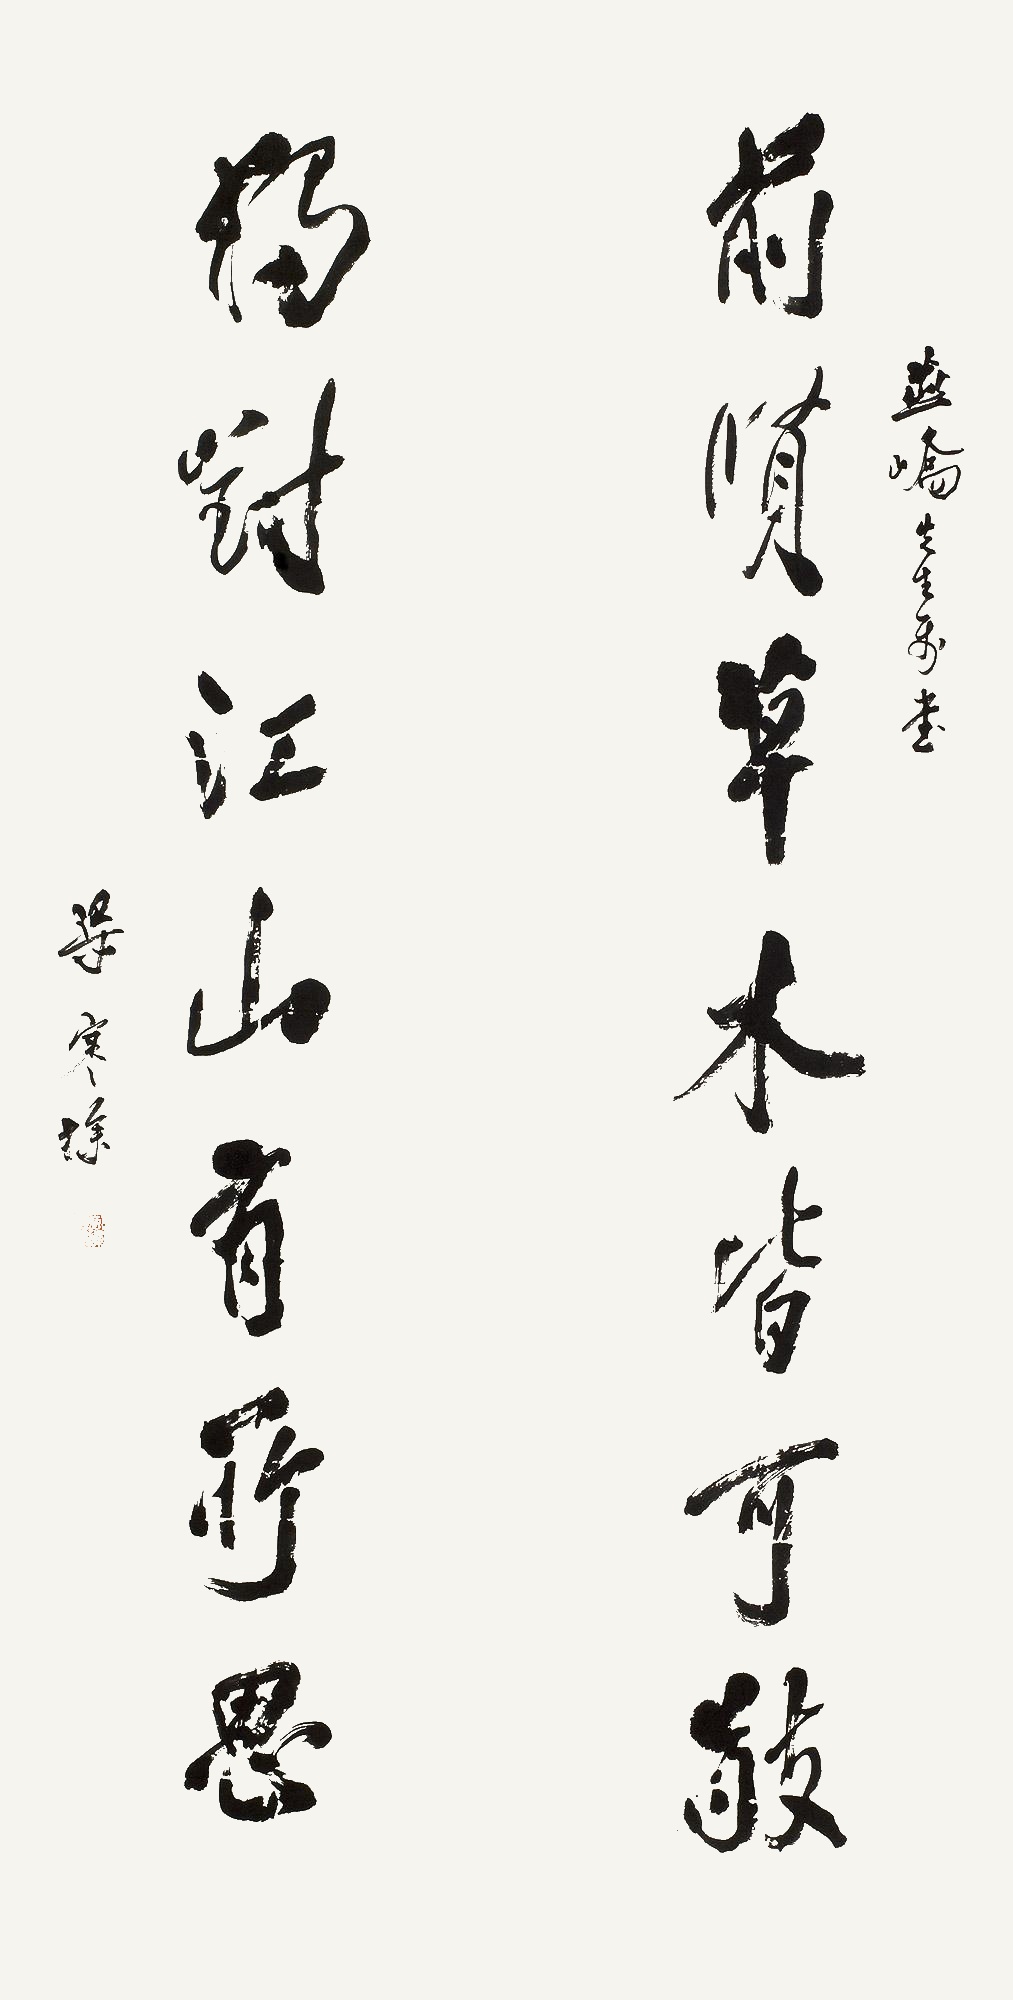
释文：前贤草木皆可敬；独对江山有所思。燕峤先生属书梁，寒操。